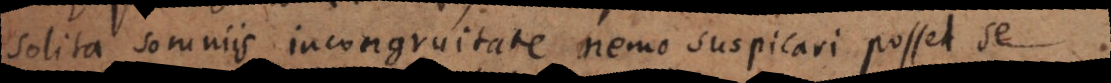
solita somniis incongruitate nemo suspicari posset se